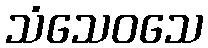
သံသေဝသေ